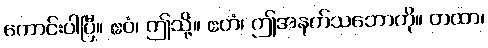
ကောင်းပါပြီ။ ဧဝံ၊ ဤသို့။ ဧတံ၊ ဤအနက်သဘောကို။ တထာ၊